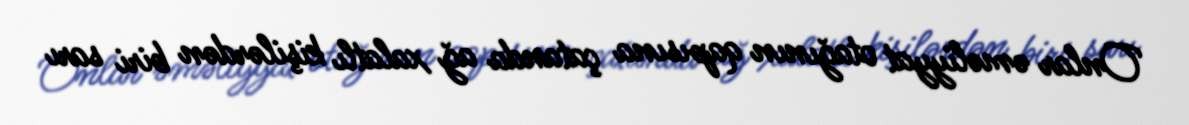
Onlar əməliyyat otağının qapısına çatanda ağ xalatlı kişilərdən biri sarı